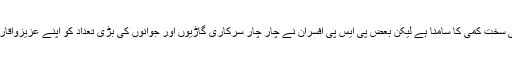
تھانوں کو افرادی قوت اور گاڑیوں کی سخت کمی کا سامنا ہے لیکن بعض پی ایس پی افسران نے چار چار سرکاری گاڑیوں اور جوانوں کی بڑی تعداد کو اپنے عزیزواقارب کی خدمت پر معمور کیا ہوتا ہے ۔